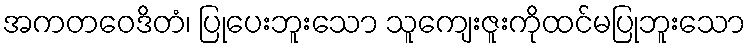
အကတဝေဒိတံ၊ ပြုပေးဘူးသော သူကျေးဇူးကိုထင်မပြုဘူးသော